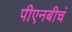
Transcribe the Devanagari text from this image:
पीएनबीचं